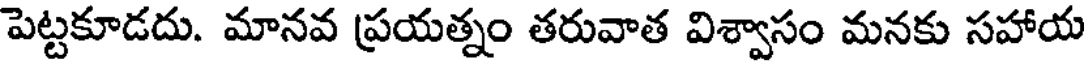
పెట్టకూడదు. మానవ ప్రయత్నం తరువాత విశ్వాసం మనకు సహాయ